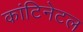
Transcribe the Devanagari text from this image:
कांटिनेटल